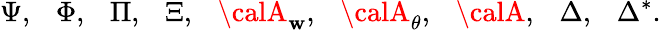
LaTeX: \Psi,~~~\Phi,~~~\Pi,~~~\Xi,~~~{\calA}_{\mathbf{w}},~~~{\calA}_{\theta},~~~{\calA},~~~\Delta,~~~\Delta^{*}.